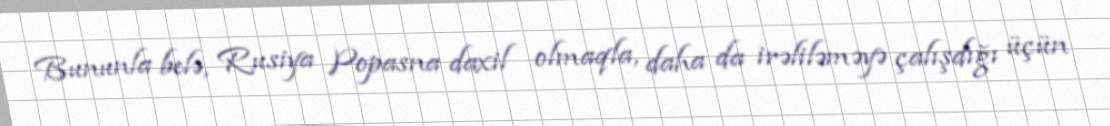
Bununla belə, Rusiya Popasna daxil olmaqla, daha da irəliləməyə çalışdığı üçün